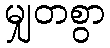
မျှတစွာ